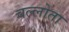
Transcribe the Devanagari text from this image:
वल्लोता